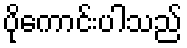
ပိုကောင်းပါသည်